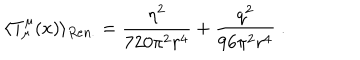
LaTeX: \langle T _ { \mu } ^ { \mu } ( x ) \rangle _ { R e n . } = \frac { \eta ^ { 2 } } { 7 2 0 \pi ^ { 2 } r ^ { 4 } } + \frac { q ^ { 2 } } { 9 6 \pi ^ { 2 } r ^ { 4 } } \ .